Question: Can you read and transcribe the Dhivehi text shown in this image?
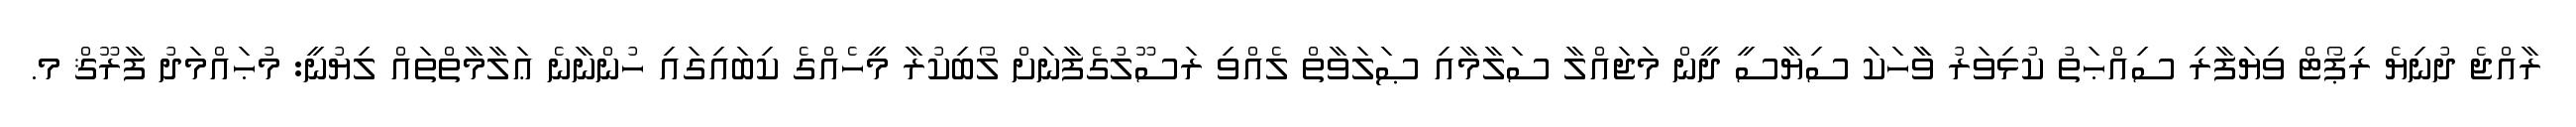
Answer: ރާއްޖެ ދުނިޔެ ރިޕޯޓް ވިޔަފާރި ސިއްޙަތު ކުޅިވަރު ވާާހަކަ ސިޔާސީ ދީން މަޖައްލާ ސަލާމާއި ޞަލަވާތް ލެއްވި ރަސޫލުގެފާނަށް ލޯބިކުރާ މީހެއްގެ ކިބައިގައި ހުންނާނެ ޢަލާމާތްތައް ލިޔުނީ: މުޙައްމަދު ފާރޫޤް މ.